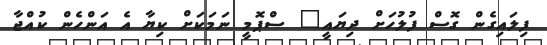
ފިލައިގެން ގޮސް ފުލުހަށް ދިޔައީ" ސްޕޮމީ ނަމަކަށް ކިޔާ އެ އަންހެން ކުއްޖާ